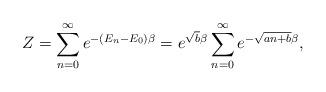
LaTeX: \begin{align*}Z=\sum_{n=0}^{\infty}e^{-(E_n-E_0)\beta}=e^{\sqrt{b}\beta}\sum_{n=0}^{\infty}e^{-\sqrt{an+b}\beta}, \end{align*}